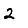
Digit: 2